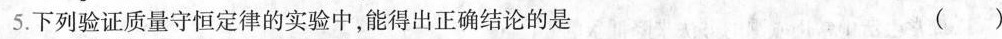
5.下列验证质量守恒定律的实验中，能得出正确结论的是 ()